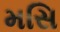
મસિ